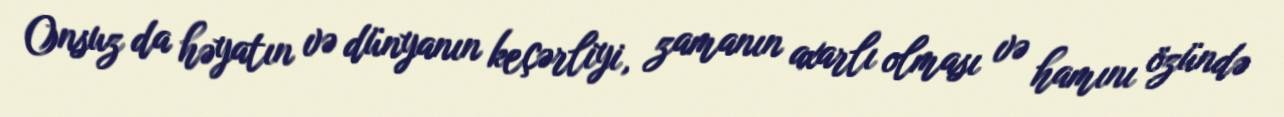
Onsuz da həyatın və dünyanın keçərliyi, zamanın axarlı olması və hamını özündə